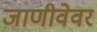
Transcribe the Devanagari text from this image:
जाणीवेवर